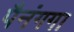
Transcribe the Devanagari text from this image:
पैनंगगा